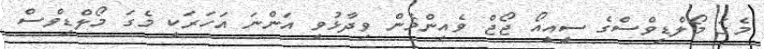
މެގަ މޯލްޑިވްސްގެ ސީއީއޯ ޖޯޖް ވެއިންމެން ވިދާޅުވީ އަންނަ އަހަރަކީ މެގަ މޯލްޑިވްސް